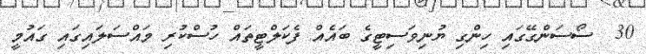
30  ސޯސަންގޭގައި ހިންގި ޔުނިވަސިޓީގެ ބައެއް ފެކަލްޓީތައް ހުސްކުރި މައްސަލައިގައި ގައުމީ